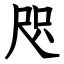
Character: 咫